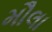
મૌલા